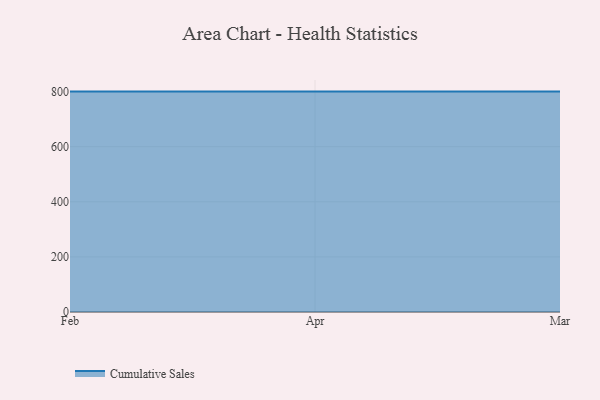
{"axis": {"x": "Month", "y": "Backlog"}, "legend": ["Cumulative Sales"], "data": [{"x": "Feb", "y": 800, "type": "Cumulative Sales"}, {"x": "Apr", "y": 800, "type": "Cumulative Sales"}, {"x": "Mar", "y": 800, "type": "Cumulative Sales"}]}